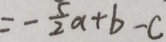
= - \frac { 5 } { 2 } a + b - c